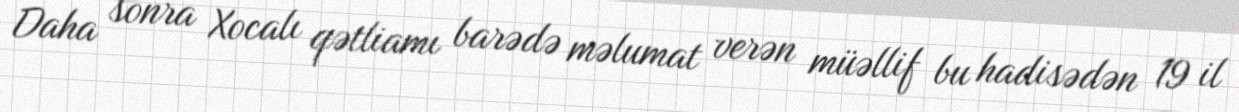
Daha sonra Xocalı qətliamı barədə məlumat verən müəllif bu hadisədən 19 il